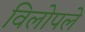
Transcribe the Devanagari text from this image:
विलोपले